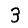
Digit: 3